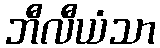
ဘီလီယံသာ